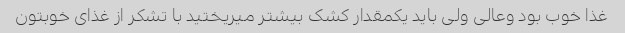
غذا خوب بود وعالی ولی باید یکمقدار کشک بیشتر میریختید با تشکر از غذای خوبتون